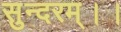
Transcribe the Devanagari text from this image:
सुन्दरम्।।